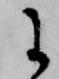
に